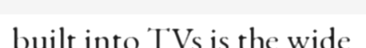
built into TVs is the wide